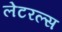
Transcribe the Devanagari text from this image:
लेटरल्स